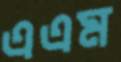
এএম